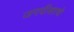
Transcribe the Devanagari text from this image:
जगदीशाचे